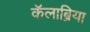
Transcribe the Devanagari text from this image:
कॅलाब्रिया